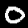
Digit: 0